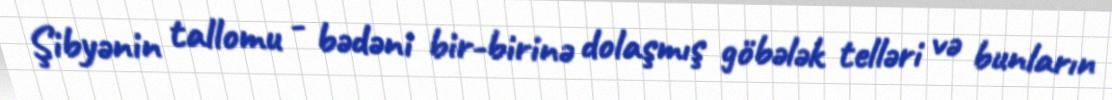
Şibyənin tallomu - bədəni bir-birinə dolaşmış göbələk telləri və bunların